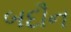
બદૌન